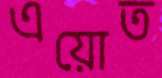
এয়োত